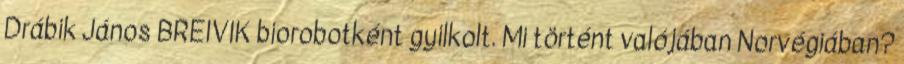
Drábik János BREIVIK biorobotként gyilkolt. Mi történt valójában Norvégiában?